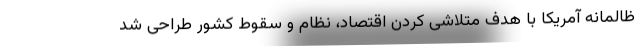
ظالمانه آمریکا با هدف متلاشی کردن اقتصاد، نظام و سقوط کشور طراحی شد